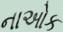
નાઓક